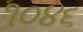
૧૦૪૬